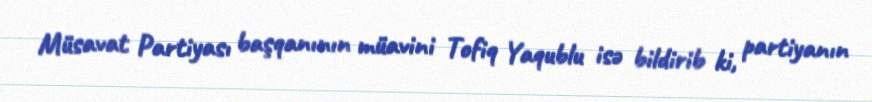
Müsavat Partiyası başqanının müavini Tofiq Yaqublu isə bildirib ki, partiyanın